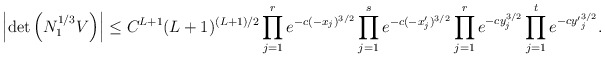
\begin{align*}\left|\det \left(N_1^{1/3}V\right)\right|\le C^{L+1}(L+1)^{(L+1)/2}\prod\limits_{j=1}^re^{-c(-x_j)^{3/2}}\prod\limits_{j=1}^se^{-c(-x'_j)^{3/2}}\prod\limits_{j=1}^re^{-cy_j^{3/2}}\prod\limits_{j=1}^te^{-c{y'}_j^{3/2}}.\end{align*}